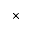
^ { \times }